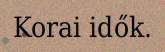
Korai idők.